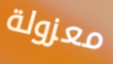
معزولة